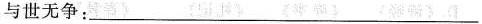
与世无争___